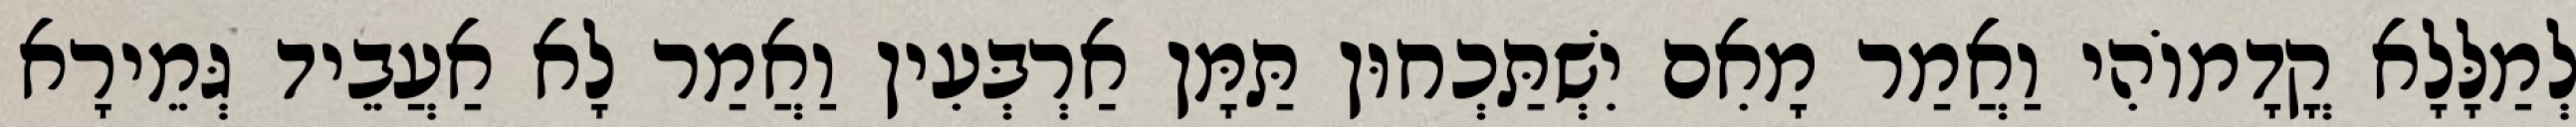
לְמַלָּלָא קֳדָמוֹהִי וַאֲמַר מָאִם יִשְׁתַּכְחוּן תַּמָּן אַרְבְּעִין וַאֲמַר לָא אַעֲבֵיד גְּמֵירָא